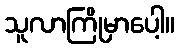
သူလာကြိုမှာပေါ့။